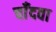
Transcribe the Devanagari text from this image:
चाँदवा